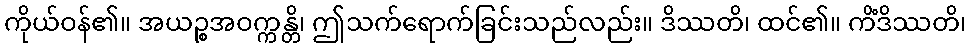
ကိုယ်ဝန်၏။ အယဉ္စအဝက္ကန္တိ၊ ဤသက်ရောက်ခြင်းသည်လည်း။ ဒိဿတိ၊ ထင်၏။ ကိံဒိဿတိ၊